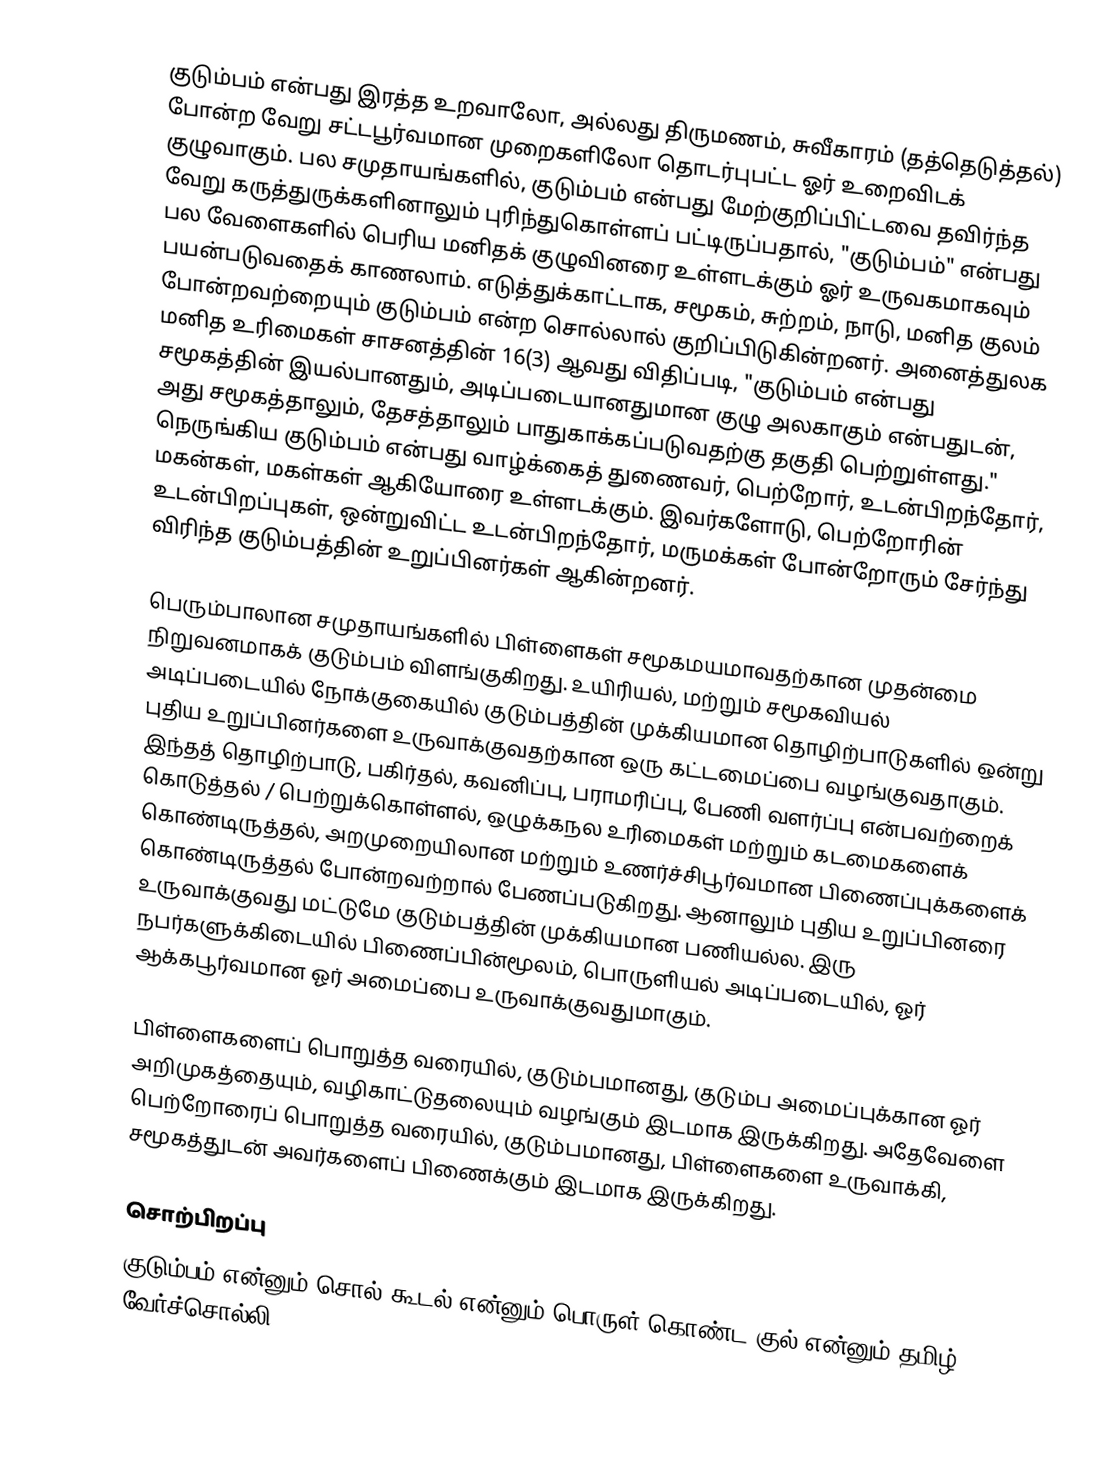
குடும்பம் என்பது இரத்த உறவாலோ, அல்லது திருமணம், சுவீகாரம் (தத்தெடுத்தல்) போன்ற வேறு சட்டபூர்வமான முறைகளிலோ தொடர்புபட்ட ஓர் உறைவிடக் குழுவாகும். பல சமுதாயங்களில், குடும்பம் என்பது மேற்குறிப்பிட்டவை தவிர்ந்த வேறு கருத்துருக்களினாலும் புரிந்துகொள்ளப் பட்டிருப்பதால், "குடும்பம்" என்பது  பல வேளைகளில் பெரிய மனிதக் குழுவினரை உள்ளடக்கும் ஓர் உருவகமாகவும் பயன்படுவதைக் காணலாம். எடுத்துக்காட்டாக, சமூகம், சுற்றம், நாடு, மனித குலம் போன்றவற்றையும் குடும்பம் என்ற சொல்லால் குறிப்பிடுகின்றனர். அனைத்துலக மனித உரிமைகள் சாசனத்தின் 16(3) ஆவது விதிப்படி, "குடும்பம் என்பது சமூகத்தின் இயல்பானதும், அடிப்படையானதுமான குழு அலகாகும் என்பதுடன், அது சமூகத்தாலும், தேசத்தாலும் பாதுகாக்கப்படுவதற்கு தகுதி பெற்றுள்ளது." நெருங்கிய குடும்பம் என்பது வாழ்க்கைத் துணைவர், பெற்றோர், உடன்பிறந்தோர், மகன்கள், மகள்கள் ஆகியோரை உள்ளடக்கும். இவர்களோடு, பெற்றோரின் உடன்பிறப்புகள், ஒன்றுவிட்ட உடன்பிறந்தோர், மருமக்கள் போன்றோரும் சேர்ந்து விரிந்த குடும்பத்தின் உறுப்பினர்கள் ஆகின்றனர்.

பெரும்பாலான சமுதாயங்களில் பிள்ளைகள் சமூகமயமாவதற்கான முதன்மை நிறுவனமாகக் குடும்பம் விளங்குகிறது. உயிரியல், மற்றும் சமூகவியல் அடிப்படையில் நோக்குகையில் குடும்பத்தின் முக்கியமான தொழிற்பாடுகளில் ஒன்று புதிய உறுப்பினர்களை உருவாக்குவதற்கான ஒரு கட்டமைப்பை வழங்குவதாகும். இந்தத் தொழிற்பாடு, பகிர்தல், கவனிப்பு, பராமரிப்பு, பேணி வளர்ப்பு என்பவற்றைக் கொடுத்தல் / பெற்றுக்கொள்ளல், ஒழுக்கநல உரிமைகள் மற்றும் கடமைகளைக் கொண்டிருத்தல், அறமுறையிலான மற்றும் உணர்ச்சிபூர்வமான பிணைப்புக்களைக் கொண்டிருத்தல் போன்றவற்றால் பேணப்படுகிறது. ஆனாலும் புதிய உறுப்பினரை உருவாக்குவது மட்டுமே குடும்பத்தின் முக்கியமான பணியல்ல. இரு நபர்களுக்கிடையில் பிணைப்பின்மூலம், பொருளியல் அடிப்படையில், ஓர் ஆக்கபூர்வமான ஓர் அமைப்பை உருவாக்குவதுமாகும்.

பிள்ளைகளைப் பொறுத்த வரையில், குடும்பமானது, குடும்ப அமைப்புக்கான ஓர் அறிமுகத்தையும், வழிகாட்டுதலையும் வழங்கும் இடமாக இருக்கிறது. அதேவேளை பெற்றோரைப் பொறுத்த வரையில், குடும்பமானது, பிள்ளைகளை உருவாக்கி, சமூகத்துடன் அவர்களைப் பிணைக்கும் இடமாக இருக்கிறது.

சொற்பிறப்பு
குடும்பம் என்னும் சொல் கூடல் என்னும் பொருள் கொண்ட குல் என்னும் தமிழ் வேர்ச்சொல்லி